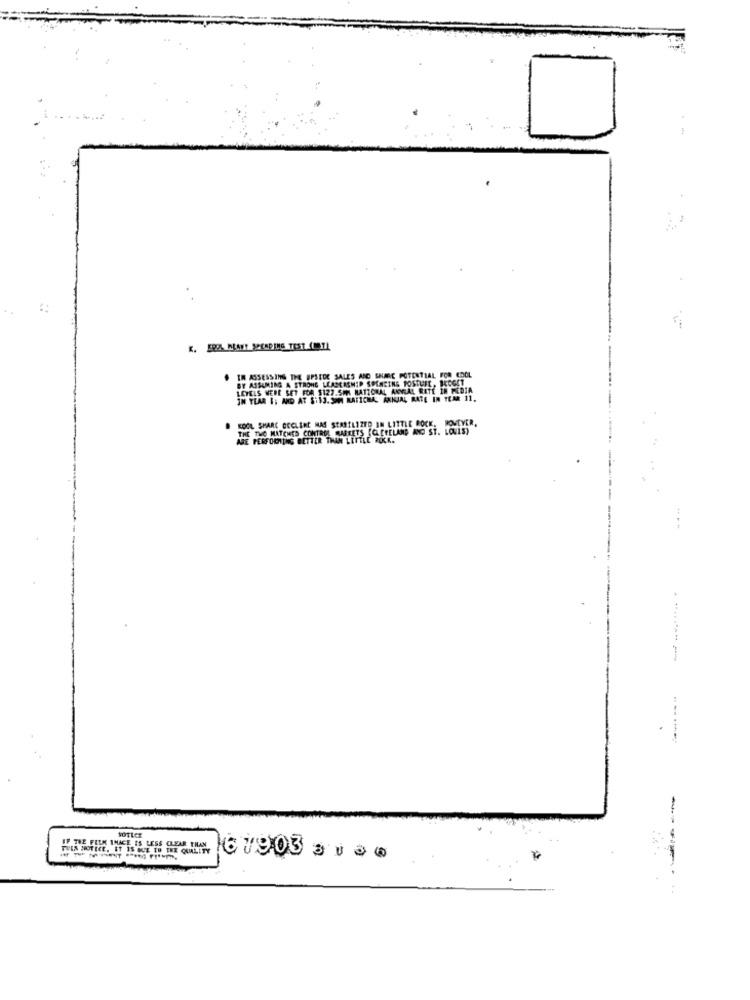
. IM ASSESSING THE UPSIDE SALES AND SHARE POTENTIAL FOR COOL
BY ASSUMING A STRONG LEADERSHIP SPENCING POSTURE, BUDGET
LEVELS WERE SET FOR $127.5MM NATIONAL ARVIX
AL ANWIAL RITE IN MEDIA
IN YEAR I; AND AT $:13.SAM MAFICHA ANNUAL RATE IN TEAR 11.
KOOL SHARE GECLERE MAS STABILIZED IN LITTLE ROCK.
THE THO MATCHES CONTROL MARKETS [CLEVELAND AND ST. LOUIS)
ABE PERFORMING BETTER THAN LEFELE FOLK.
-----
NOTICE
IF THE FILM IMAGE IS LESS CLEAR THAN
TELS NOTICE. IT IS DUE TO THE QUALITY